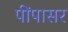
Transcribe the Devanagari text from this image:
पींपासर